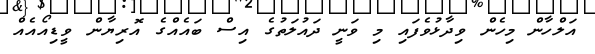
އަލްހާން މިހެން ވިދާޅުވެފައި މި ވަނީ ދައުލަތުގެ އިސް ބައެއްގެ އޮރިޔާން ވީޑިއޯއެއް